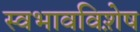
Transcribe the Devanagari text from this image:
स्वभावविशे़ष